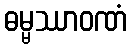
ဓမ္မဿာဝဏံ